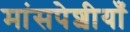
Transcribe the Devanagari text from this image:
मांसपेशीयाँ